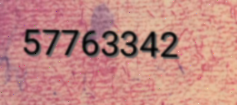
57763342